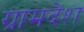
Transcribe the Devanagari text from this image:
ग्रामदेश